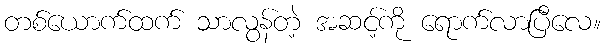
တစ်ယောက်ထက် သာလွန်တဲ့ အဆင့်ကို ရောက်လာပြီလေ။